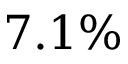
7 . 1 \%